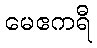
မေဧကရီ